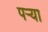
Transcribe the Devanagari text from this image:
पऱ्या